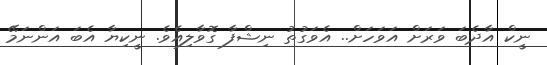
ނީކް އާދެބަ ވަރަށް އަވަހަށް.. އެވަގުތު ނިޝްފާ ގޮވާލިއެވެ. ނީކިޔާ އެބަ އަންނަމޭ